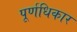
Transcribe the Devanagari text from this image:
पूर्णधिकार